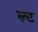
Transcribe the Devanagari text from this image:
ल्ट